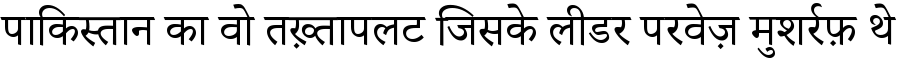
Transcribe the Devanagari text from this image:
पाकिस्तान का वो तख़्तापलट जिसके लीडर परवेज़ मुशर्रफ़ थे